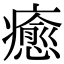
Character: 癒